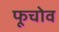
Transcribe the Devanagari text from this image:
फूचोव